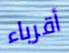
أقرباء